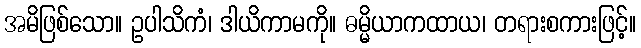
အမိဖြစ်သော။ ဥပါသိကံ၊ ဒါယိကာမကို။ ဓမ္မိယာကထာယ၊ တရားစကားဖြင့်။